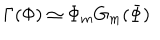
\Gamma ( \Phi ) \simeq \Phi _ { m } G _ { m } ( \Phi )